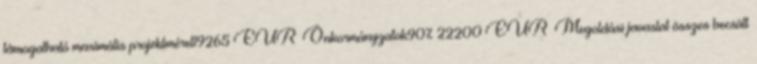
támogatható maximális projektméret19265 EUR▪Önkormányzatok90% 22200 EUR▪Megoldási javaslat összes becsült